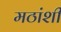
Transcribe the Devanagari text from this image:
मठांशी